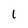
Character: 1